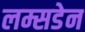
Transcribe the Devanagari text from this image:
लम्सडेन